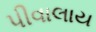
પીવાલાય